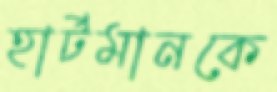
হার্টমানকে